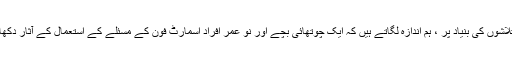
ہماری تلاشوں کی بنیاد پر ، ہم اندازہ لگاتے ہیں کہ ایک چوتھائی بچے اور نو عمر افراد اسمارٹ فون کے مسئلے کے استعمال کے آثار دکھاتے ہیں۔